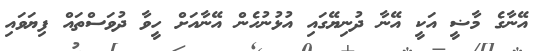
އޭނާގެ މާޟީ އަކީ އޭނާ ދުނިޔޭގައި އުޅުނުހެން އޭނާއަށް ހީވާ ދުވަސްތައް ފިޔަވައި